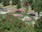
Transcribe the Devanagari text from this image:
व्हेट